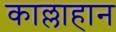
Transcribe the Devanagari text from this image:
काल्लाहान